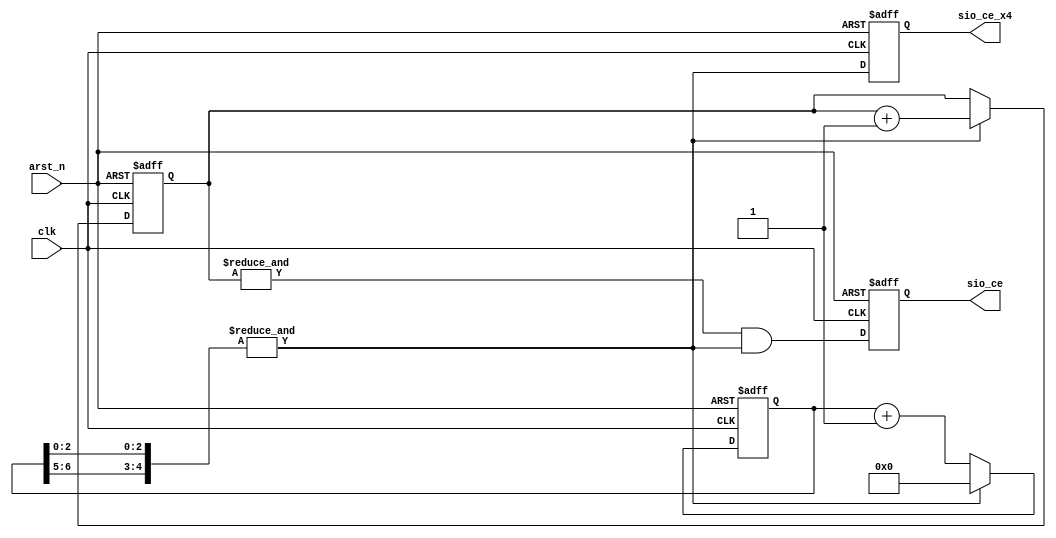
module sasc_brg(/*AUTOARG*/
   // Outputs
   sio_ce, sio_ce_x4,
   // Inputs
   clk, arst_n
   );
   output          sio_ce;      // baud rate
   output          sio_ce_x4;   // baud rate x 4

   input           clk;
   input           arst_n;

   reg             sio_ce;
   reg             sio_ce_x4;
   
   parameter       br_38400_16MHz = 103; // 16e6 / (38400*4) = 104 = 103 + 1

`define BRX4pre &{brx4_cntr[6:5],brx4_cntr[2:0]}
      
   reg [6:0]       brx4_cntr;
   reg [1:0]       br_cntr;
                   
   always @ (posedge clk or negedge arst_n)
     if (~arst_n)
       brx4_cntr <= 0;
     else if (`BRX4pre)
       brx4_cntr <= 0;
     else
       brx4_cntr <= brx4_cntr + 1'b1;

   always @ (posedge clk or negedge arst_n)
     if (~arst_n)
       br_cntr <= 0;
     else if (`BRX4pre)
       br_cntr <= br_cntr + 1'b1;

   always @ (posedge clk or negedge arst_n)
     if (~arst_n)
       begin
          sio_ce_x4 <= 1'b0;
          sio_ce    <= 1'b0;
       end
     else
       begin
          sio_ce_x4 <= `BRX4pre;
          sio_ce    <= (&br_cntr) & (`BRX4pre);
       end
   
endmodule